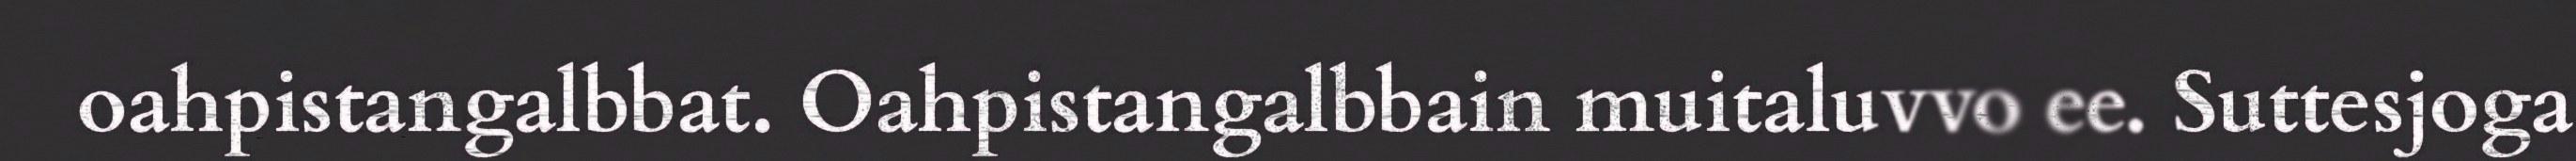
oahpistangalbbat. Oahpistangalbbain muitaluvvo ee. Suttesjoga